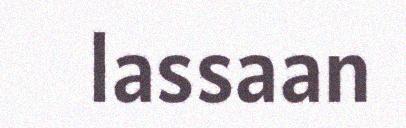
lassaan